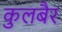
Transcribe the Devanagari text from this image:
कुलबैर